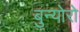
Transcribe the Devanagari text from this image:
बुन्योरो